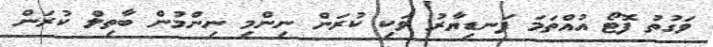
ވަގުތު ފޮޓޯ އުއްތަމަ ފަނޑިޔާރު ވަކި ކުރަން ނިންމި ނިންމުން ބާތިލް ކުރަން